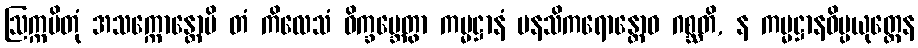
ဩက္ကမိတုံ အသက္ကောန္တောပိ တံ ကိလေသံ ဝိက္ခမ္ဘေတွာ ကမ္မဋ္ဌာနံ မနသိကရောန္တောဝ ဂစ္ဆတိ, န ကမ္မဋ္ဌာနဝိပ္ပယုတ္တေန